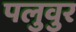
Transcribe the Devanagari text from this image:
पलुवुर